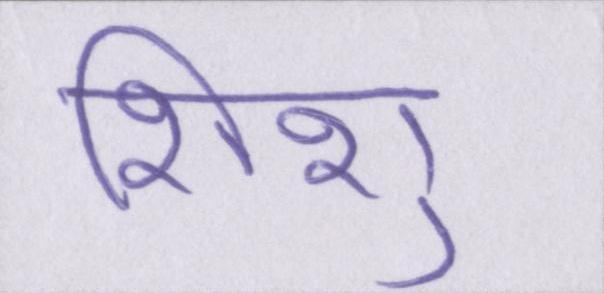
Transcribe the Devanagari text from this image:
शिशु